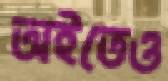
অইতেও